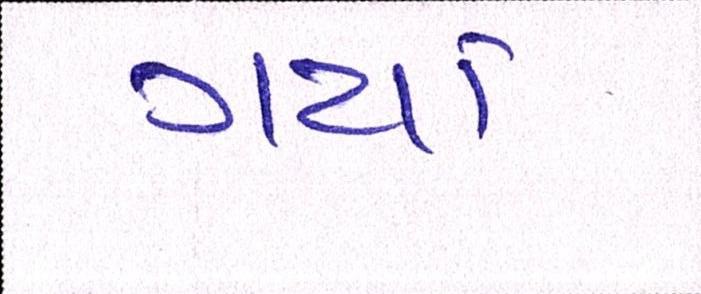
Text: ગયાં